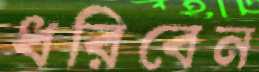
ধরিবেন